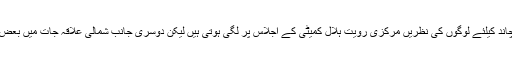
جیسے ماہ رمضان اور عید الفطر کے موقع پر شوال کے چاند کیلئے لوگوں کی نظریں مرکزی رویت ہلال کمیٹی کے اجلاس پر لگی ہوتی ہیں لیکن دوسری جانب شمالی علاقہ جات میں بعض مقامات پر ایک روز قبل ہی نماز عید ادا کردی جاتی ہے۔